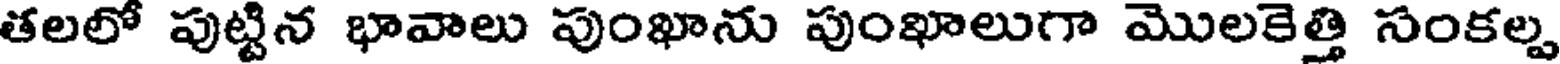
తలలో పుట్టిన భావాలు పుంఖాను పుంఖాలుగా మొలకెత్తి సంకల్ప